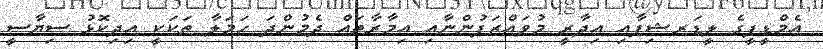
އެމްޑީޕީގެ ލީޑަރޝިޕާއި އިދާރީ މުވައްޒަފުންނާއި އިމާރާތައް ދެމުންދަ ހަމަލާ ތަކަކީ އިދިކޮޅު ސިޔާސީ